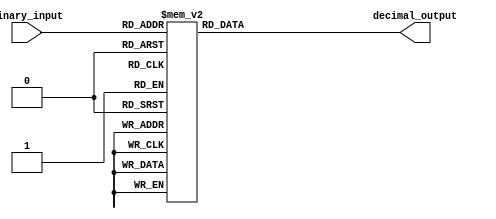
module decimal_decoder(
    input [3:0] binary_input,
    output reg [9:0] decimal_output
);

always @(*)
begin
    case(binary_input)
        4'b0000: decimal_output = 10'b0000000001;
        4'b0001: decimal_output = 10'b0000000010;
        4'b0010: decimal_output = 10'b0000000011;
        4'b0011: decimal_output = 10'b0000000100;
        4'b0100: decimal_output = 10'b0000000101;
        4'b0101: decimal_output = 10'b0000000110;
        4'b0110: decimal_output = 10'b0000000111;
        4'b0111: decimal_output = 10'b0000001000;
        4'b1000: decimal_output = 10'b0000001001;
        4'b1001: decimal_output = 10'b0000001010;
        default: decimal_output = 10'b0000000000;
    endcase
end

endmodule